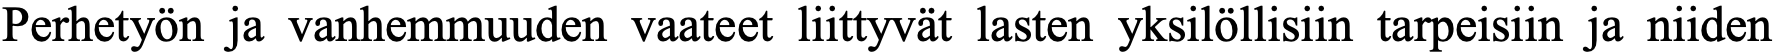
Perhetyön ja vanhemmuuden vaateet liittyvät lasten yksilöllisiin tarpeisiin ja niiden